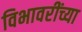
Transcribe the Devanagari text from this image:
विभावरींच्या